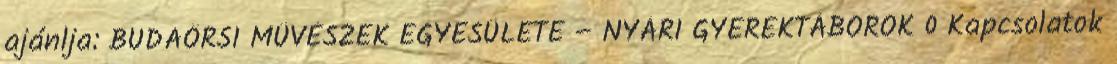
ajánlja: BUDAÖRSI MŰVÉSZEK EGYESÜLETE – NYÁRI GYEREKTÁBOROK 0 Kapcsolatok